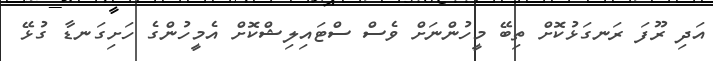
އަދި ރޫފަ ރަނގަޅުކޮށް ތިބޭ މީހުންނަށް ވެސް ސްޓައިލިޝްކޮށް އެމީހުންގެ ހަށިގަނޑާ ގުޅޭ